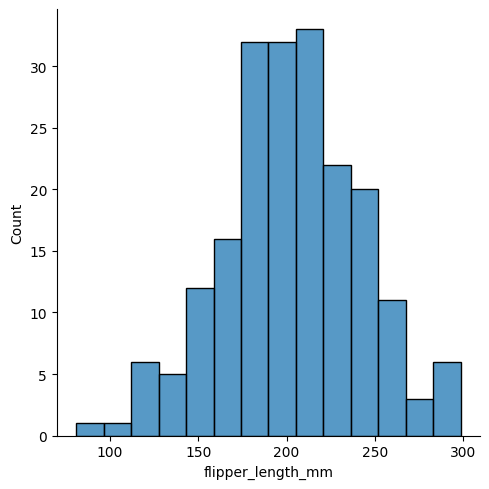
python, seaborn, displot, kind='hist', column='flipper_length_mm', hue='all', height=5, aspect=1.0